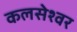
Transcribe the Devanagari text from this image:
कलसेश्वर